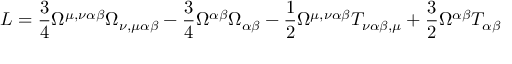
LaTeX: { \cal L } = \frac { 3 } { 4 } \Omega ^ { \mu , \nu \alpha \beta } \Omega _ { \nu , \mu \alpha \beta } - \frac { 3 } { 4 } \Omega ^ { \alpha \beta } \Omega _ { \alpha \beta } - \frac { 1 } { 2 } \Omega ^ { \mu , \nu \alpha \beta } T _ { \nu \alpha \beta , \mu } + \frac { 3 } { 2 } \Omega ^ { \alpha \beta } T _ { \alpha \beta }